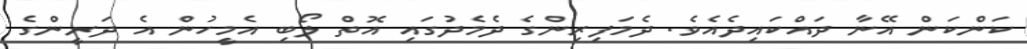
ކަންކަން އޭނާ ދައްކައިދެއެވެ. ދެމަފިރިންގެ ދެމެދުގައި އޮތް ލޯބި އެމީހުން އެ ދަރީންގެ